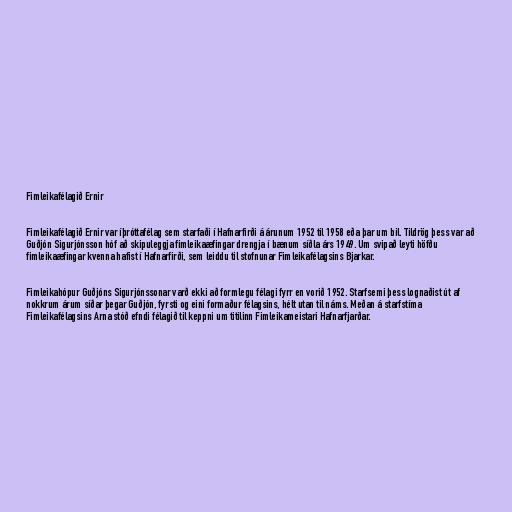
Fimleikafélagið Ernir

Fimleikafélagið Ernir var íþróttafélag sem starfaði í Hafnarfirði á árunum 1952 til 1958 eða þar um bil. Tildrög þess var að
Guðjón Sigurjónsson hóf að skipuleggja fimleikaæfingar drengja í bænum síðla árs 1949. Um svipað leyti höfðu
fimleikaæfingar kvenna hafist í Hafnarfirði, sem leiddu til stofnunar Fimleikafélagsins Bjarkar.

Fimleikahópur Guðjóns Sigurjónssonar varð ekki að formlegu félagi fyrr en vorið 1952. Starfsemi þess lognaðist út af
nokkrum árum síðar þegar Guðjón, fyrsti og eini formaður félagsins, hélt utan til náms. Meðan á starfstíma
Fimleikafélagsins Arna stóð efndi félagið til keppni um titilinn Fimleikameistari Hafnarfjarðar.